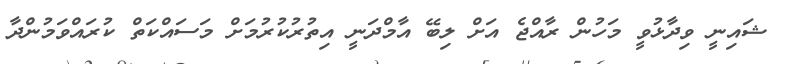
ޝައިނީ ވިދާޅުވީ މަހުން ރާއްޖެ އަށް ލިބޭ އާމްދަނީ އިތުރުކުރުމަށް މަސައްކަތް ކުރައްވަމުންދާ